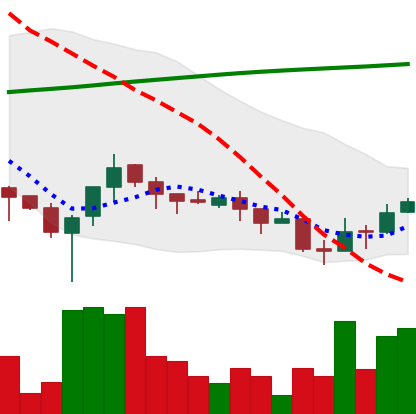
Ticker: XLM-USD
Chart end date: 2018-04-03
Forward return: -12.4375%
Label: down_7plus